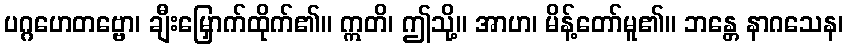
ပဂ္ဂဟေတဗ္ဗော၊ ချီးမြှောက်ထိုက်၏။ ဣတိ၊ ဤသို့။ အာဟ၊ မိန့်တော်မူ၏။ ဘန္တေ နာဂသေန၊